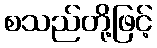
စသည်တို့ဖြင့်